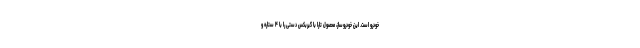
خودرو است. این خودروساز، محصول تارا با گیربکس دستی را با ۴ ستاره و